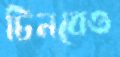
চিনবেও